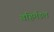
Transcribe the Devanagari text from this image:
बहिर्मंडल